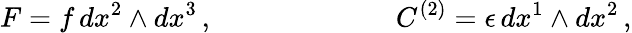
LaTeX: F=f\, dx^{2}\wedge dx^{3}\, ,\ \ \ \ \ \ \ \ \ \ \ \ \ \ \ \ \ \ \ \ \ \ \ \ \, \ C^{\left(2\right)}=\epsilon\, dx^{1}\wedge dx^{2}\, ,